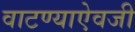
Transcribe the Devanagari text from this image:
वाटण्याऐवजी